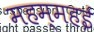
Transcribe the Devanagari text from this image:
महम्महई